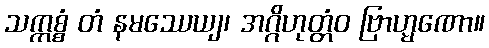
သက္ကစ္စံ တံ နမဿေယျ၊ အဂ္ဂိဟုတ္တံဝ ဗြာဟ္မဏော။